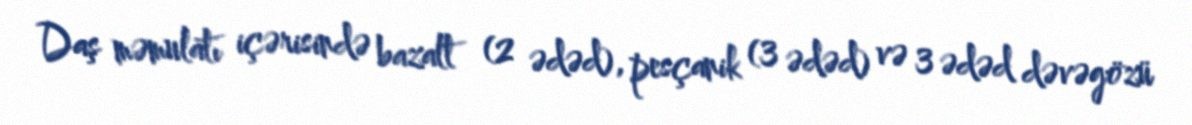
Daş məmulatı içərisində bazalt (2 ədəd), pesçanik (3 ədəd) və 3 ədəd dəvəgözü